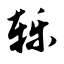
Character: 轹